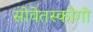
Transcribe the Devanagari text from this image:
सोवेतस्कोगो